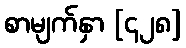
စာမျက်နှာ [၄၂၈]